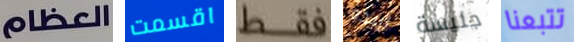
العظام اقسمت فقط اريده جليسة تتبعنا